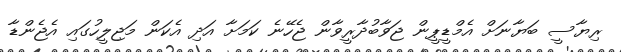
ރިޔާސީ ބަޔާނަށް އެމްޑީޕީން ޖަވާބުދާރީވާން ޖެހޭނެ ކަމަށާ އަދި އެކަން މަޖިލީހުގައި އެޖެންޑާ